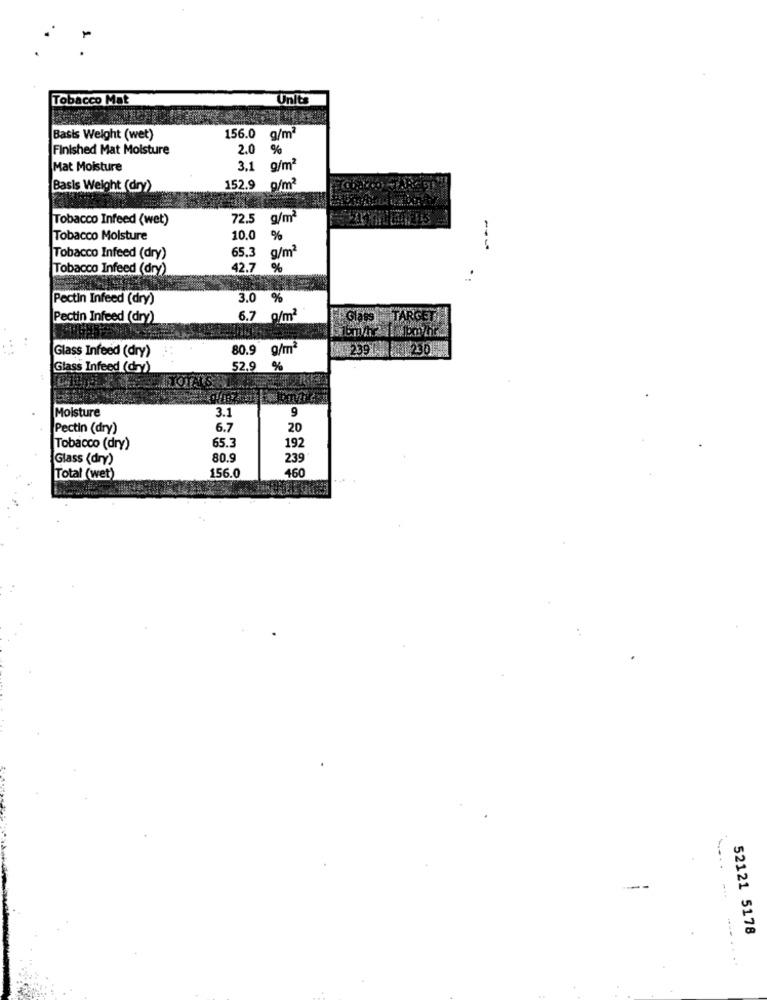
Tobacco Mat
Unita
Basis Weight (wet)
156.0 g/m2
Finished Mat Moisture
2.0
%
Mat Moisture
3.1 g/m2
Basis Weight (dry)
152.9
Tobacco Infeed (wet)
72.5 g/m2
Tobacco Moisture
10.0
65.3
g/m2
Tobacco Infeed (dry)
Tobacco Infeed (dry)
42.7
%
Pectin Infeed (dry)
3.0 %
Pectin Infeed (dry)
6.7 g/m2
Class TARG
80.9 g/m2
239 - 1 230
Glass Infeed (dry)
Glass Infeed (dry)
52.9 %
TOTALS
3.1
9
Moisture
Pectin (dry)
6.7
20
65.3
192
Tobacco (dry)
Glass (dry)
80.9
239
156.0
460
Total (wet)
52121 5178
.....